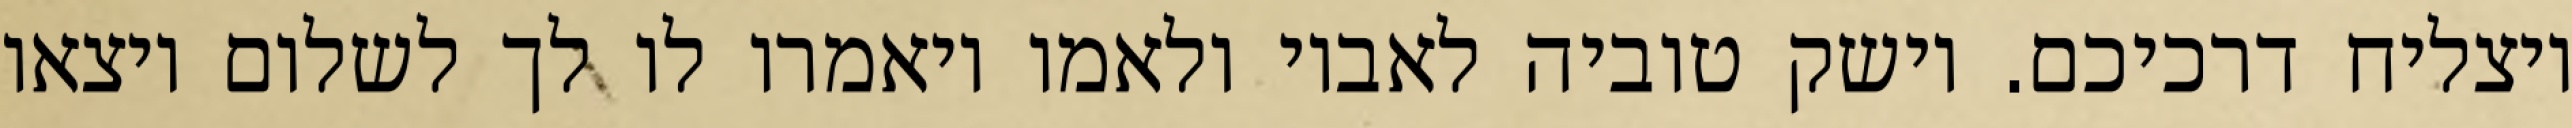
ויצליח דרכיכם. וישק טוביה לאביו ולאמו ויאמרו לו לך לשלום ויצאו